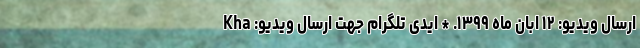
ارسال ویدیو: ۱۲ ابان ماه ۱۳۹۹. * ایدی تلگرام جهت ارسال ویدیو: Kha